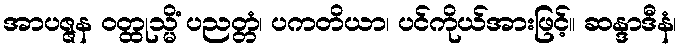
အာပဇ္ဇန ဝတ္ထုသ္မိံ ပညတ္တံ၊ ပကတိယာ၊ ပင်ကိုယ်အားဖြင့်။ ဆန္ဒာဒီနံ၊